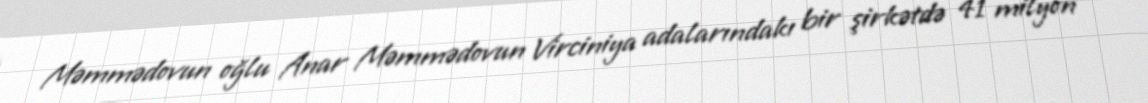
Məmmədovun oğlu Anar Məmmədovun Virciniya adalarındakı bir şirkətdə 41 milyon